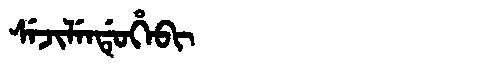
Manchu: ᠰᡝᠵᡳᠯᡝᠨᡩᡠᡥᡝᠪᡳ
Romanization: SEJILENDUHEBI